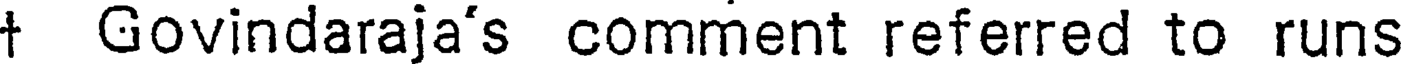
t Govindaraja's comment referred to runs